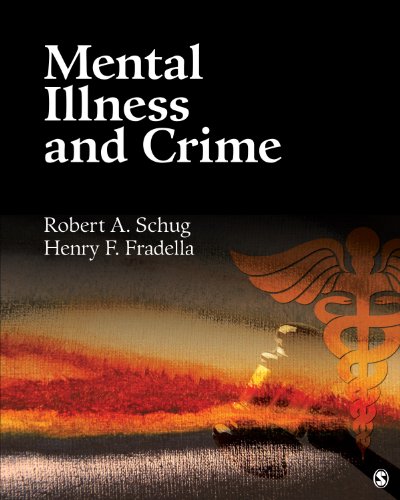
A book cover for Mental Illness and Crime; Robert A. Schug; Law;